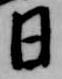
日